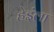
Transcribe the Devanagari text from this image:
हेइंला